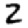
Digit: 2